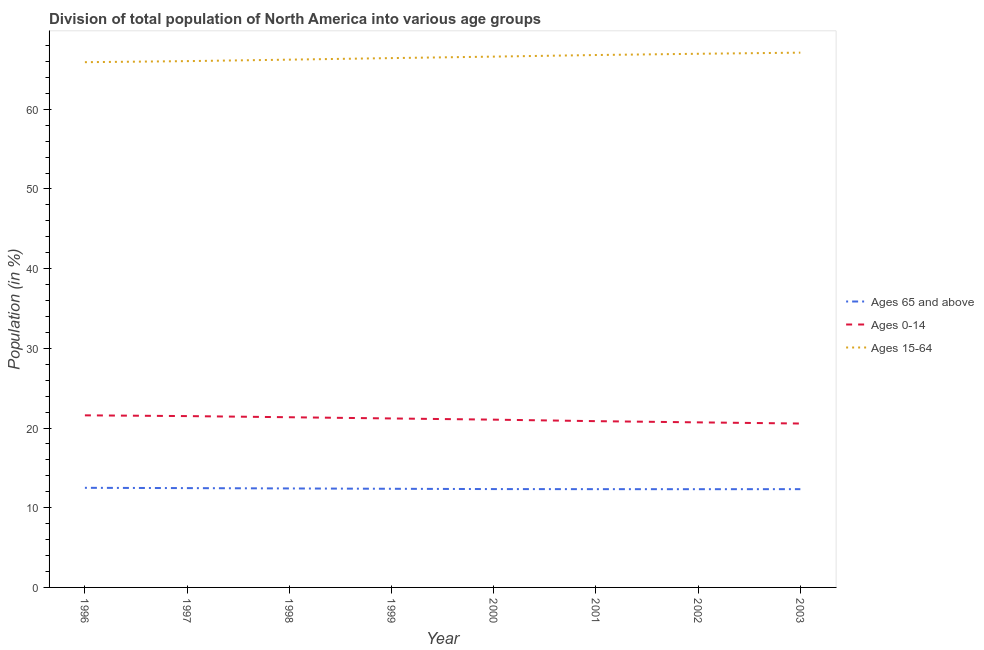
| Year | Ages 65 and above | Ages 0-14 | Ages 15-64 |
 | --- | --- | --- | --- |
 | 1996 | 12.5 | 21.6 | 65.9 |
 | 1997 | 12.5 | 21.5 | 66 |
 | 1998 | 12.4 | 21.4 | 66.2 |
 | 1999 | 12.4 | 21.2 | 66.4 |
 | 2000 | 12.3 | 21.1 | 66.6 |
 | 2001 | 12.3 | 20.9 | 66.8 |
 | 2002 | 12.3 | 20.7 | 67 |
 | 2003 | 12.3 | 20.6 | 67.1 |